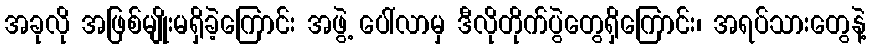
အခုလို အဖြစ်မျိုးမရှိခဲ့ကြောင်း အဖွဲ့ ပေါ်လာမှ ဒီလိုတိုက်ပွဲတွေရှိကြောင်း၊ အရပ်သားတွေနဲ့